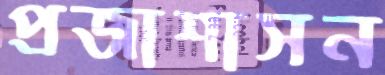
প্রজাশাসন